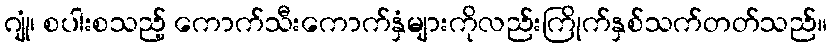
ဂျုံ၊ စပါးစသည့် ကောက်သီးကောက်နှံများကိုလည်းကြိုက်နှစ်သက်တတ်သည်။